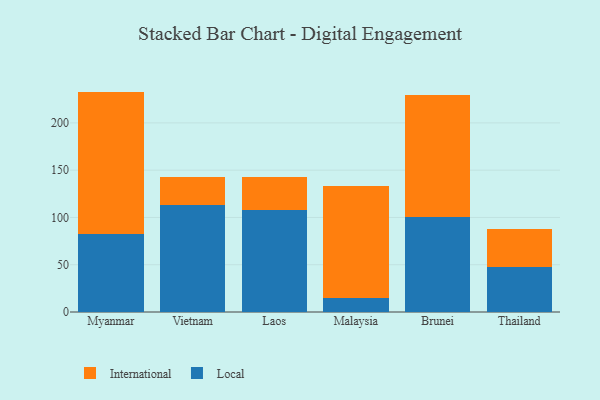
{"axis": {"x": "Country", "y": "Operating Costs (USD K)"}, "legend": ["International", "Local"], "data": [{"x": "Myanmar", "y": 82.5, "type": "Local"}, {"x": "Myanmar", "y": 150.6, "type": "International"}, {"x": "Vietnam", "y": 113.5, "type": "Local"}, {"x": "Vietnam", "y": 29.3, "type": "International"}, {"x": "Laos", "y": 108.2, "type": "Local"}, {"x": "Laos", "y": 34.4, "type": "International"}, {"x": "Malaysia", "y": 14.3, "type": "Local"}, {"x": "Malaysia", "y": 119.0, "type": "International"}, {"x": "Brunei", "y": 100.7, "type": "Local"}, {"x": "Brunei", "y": 129.1, "type": "International"}, {"x": "Thailand", "y": 47.2, "type": "Local"}, {"x": "Thailand", "y": 41.0, "type": "International"}]}